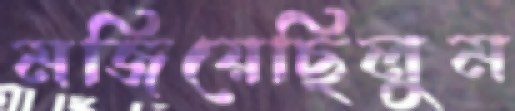
মজিয়েছিলুম